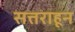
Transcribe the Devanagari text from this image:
सत्तराहून